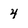
Character: 4